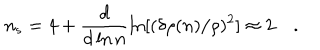
n _ { s } = 4 + \frac { d } { d \ln n } \ln [ ( \delta \rho ( n ) / \rho ) ^ { 2 } ] \approx 2 \quad .